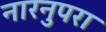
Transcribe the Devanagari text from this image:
नारनुपरा